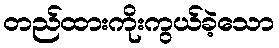
တည်ထားကိုးကွယ်ခဲ့သော